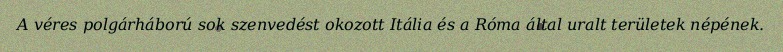
A véres polgárháború sok szenvedést okozott Itália és a Róma által uralt területek népének.